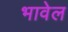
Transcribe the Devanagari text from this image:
भावेल